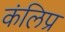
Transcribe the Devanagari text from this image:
कंलिप्र